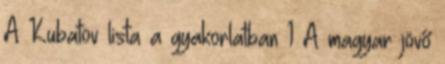
A Kubatov lista a gyakorlatban 1 A magyar jövő